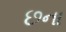
છના